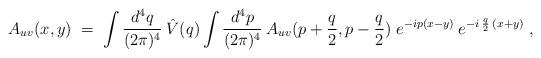
LaTeX: \begin{align*}A_{uv}(x,y) \;=\; \int \frac{d^4q}{(2 \pi)^4} \:\hat{V}(q) \int \frac{d^4p}{(2 \pi)^4} \:A_{uv}(p+\frac{q}{2},p-\frac{q}{2}) \;e^{-ip(x-y)} \:e^{-i \:\frac{q}{2}\:(x+y)} \;,\end{align*}